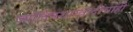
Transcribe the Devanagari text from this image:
ज्योतिषशास्त्रादींचाही